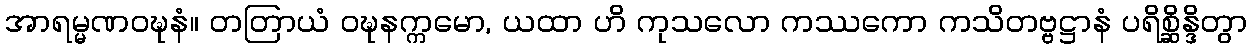
အာရမ္မဏဝဍ္ဎနံ။ တတြာယံ ဝဍ္ဎနက္ကမော, ယထာ ဟိ ကုသလော ကဿကော ကသိတဗ္ဗဋ္ဌာနံ ပရိစ္ဆိန္ဒိတွာ